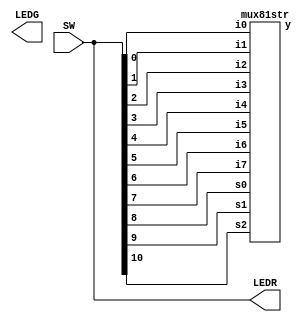
module Lab1_extra_1(SW,LEDR,LEDG);
	input [17:0] SW;
	output [17:0] LEDR;
	output [0:7] LEDG;
	assign LEDR=SW;
	mux81str DUT(.i0(SW[0]),.i1(SW[1]),.i2(SW[2]),.i3(SW[3]),.i4(SW[4]),.i5(SW[5]),.i6(SW[6]),.i7(SW[7]),.s0(SW[8]),.s1(SW[9]),.s2(SW[10]),.y(LEDG[0]));
endmodule

module mux81str(i0,i1,i2,i3,i4,i5,i6,i7,s0,s1,s2,y);
	input i0,i1,i2,i3,i4,i5,i6,i7,s0,s1,s2;
	output y;
	wire a,b,c,d,e,f,g,h,n_s0,n_s1,n_s2;
	not  N0(n_s0,s0);
	not  N1(n_s1,s1);
	not  N2(n_s2,s2);
	and G0(a,i0, n_s2, n_s1, n_s0);
	and G1(b,i1, n_s2, n_s1, s0);
	and G2(c,i2, n_s2, s1, n_s0);
	and G3(d,i3, n_s2, s1, s0);
	and G4(e,i4, s2, n_s1, n_s0);
	and G5(f,i5, s2, n_s1, s0);
	and G6(g,i6, s2, s1, n_s0);
	and G7(h,i7, s2, s1, s0);
	or  G8(y,a,b,c,d,e,f,g,h);
endmodule